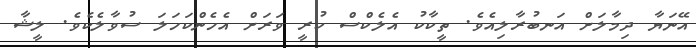
އޭނަޔާ ދިމާލަށް އަނބުރާލިއެވެ. ތީކާކު އެލެކްސް ކުރީ ވަރަށް އެހެންކަހަލަ ސުވާލެކެވެ. ލީޝާ